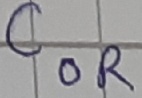
Text: COR